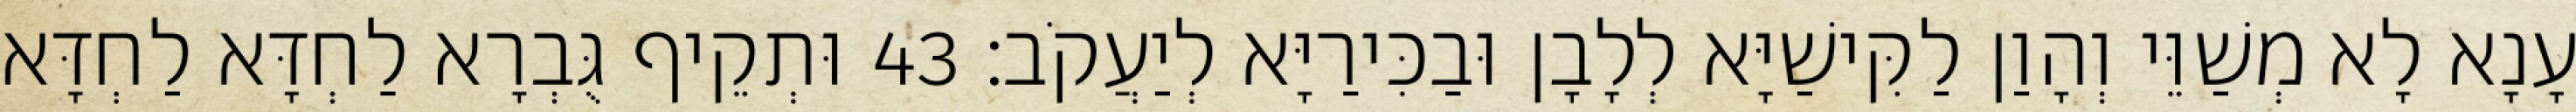
עָנָא לָא מְשַׁוֵּי וְהָוַן לַקִּישַׁיָּא לְלָבָן וּבַכִּירַיָּא לְיַעֲקֹב׃ 43 וּתְקֵיף גֻּבְרָא לַחְדָּא לַחְדָּא